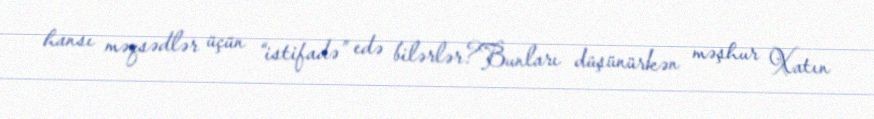
hansı məqsədlər üçün “istifadə” edə bilərlər?Bunları düşünürkən məşhur Xatın